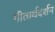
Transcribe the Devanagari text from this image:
गीतार्थदर्शन